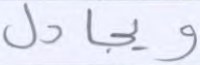
ويجادل